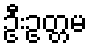
ဦးဥတ္တမ